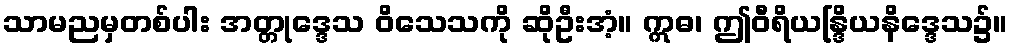
သာမညမှတစ်ပါး အတ္တုဒ္ဒေသ ဝိသေသကို ဆိုဦးအံ့။ ဣဓ၊ ဤဝီရိယန္ဒြိယနိဒ္ဒေသ၌။